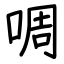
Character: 啁